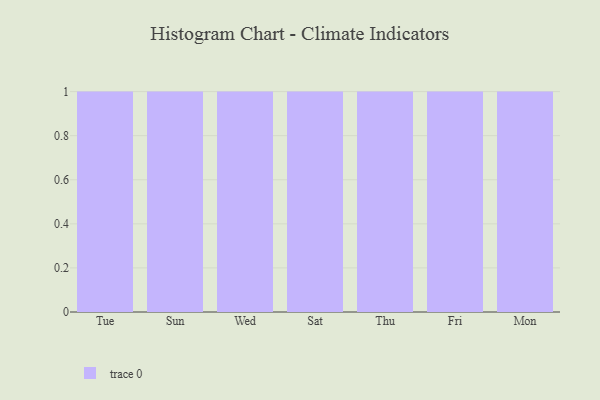
{"axis": {"x": "Day", "y": "Net Income (USD K)"}, "legend": [""], "data": [{"x": "Tue", "y": 46, "type": ""}, {"x": "Sun", "y": 35, "type": ""}, {"x": "Wed", "y": 40, "type": ""}, {"x": "Sat", "y": 75, "type": ""}, {"x": "Thu", "y": 57, "type": ""}, {"x": "Fri", "y": 35, "type": ""}, {"x": "Mon", "y": 49, "type": ""}]}